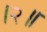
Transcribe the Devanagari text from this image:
।२॥